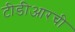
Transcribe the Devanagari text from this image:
टीडीआरची